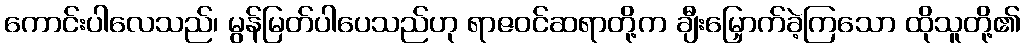
ကောင်းပါလေသည်၊ မွန်မြတ်ပါပေသည်ဟု ရာဇဝင်ဆရာတို့က ချီးမြှောက်ခဲ့ကြသော ထိုသူတို့၏